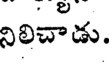
నిలిచాడు.